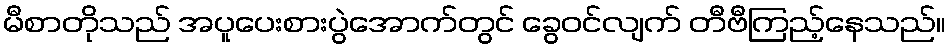
မီစာတိုသည် အပူပေးစားပွဲအောက်တွင် ခွေဝင်လျက် တီဗီကြည့်နေသည်။